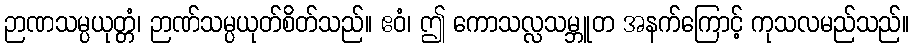
ဉာဏသမ္ပယုတ္တံ၊ ဉာဏ်သမ္ပယုတ်စိတ်သည်။ ဧဝံ၊ ဤ ကောသလ္လသမ္ဘူတ အနက်ကြောင့် ကုသလမည်သည်။